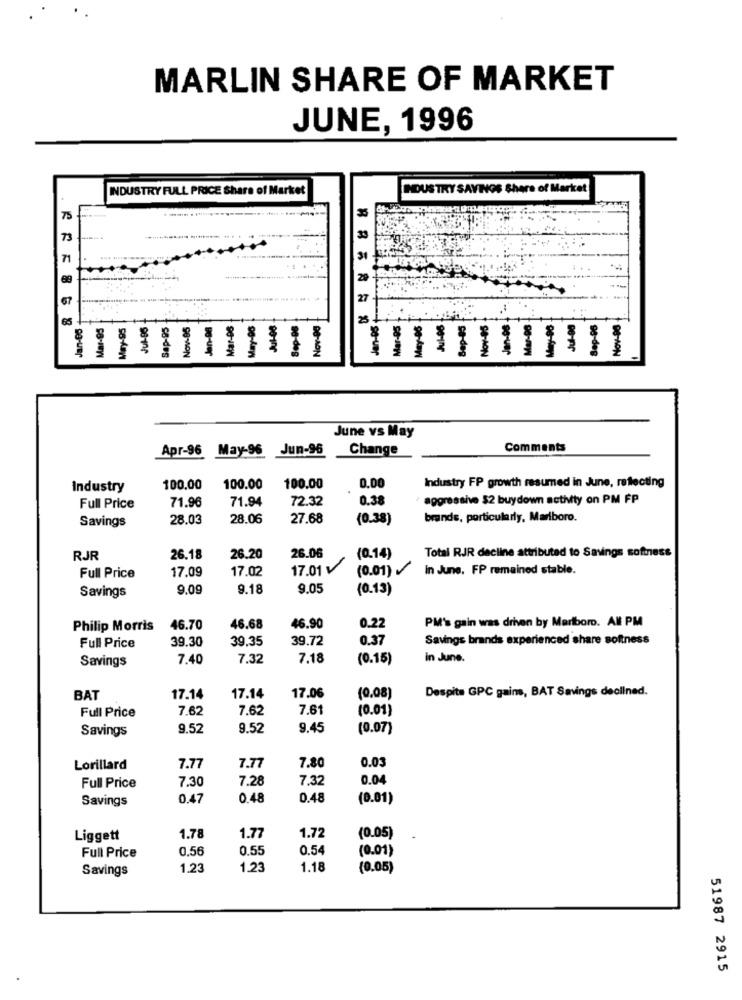
MARLIN SHARE OF MARKET
JUNE, 1996
INDUSTRY FULL PRICE Share of Market
DOUSTRY SAVINGS Shere of Market
..... . .
75
73
67
65
Sap-95
Nov-95
Mar-08
DO-ON
SO-HON
June vs May
Apr-96 May-96 Jun-96
Change
Comments
0.00
Industry FP growth resumed in June, reflecting
Industry
100,00
100.00
100.00
71.94
72.32
0.38
aggressive $2 buydown activity on PM FP
Full Price
71.96
Savings
28.03
28.06
27.68
(0.38)
brands, particularly, Marlboro.
RJR
26.18
26.20
26.06
(0.14)
Total RJR decline attributed to Savings softness
17.09
17.02
17.01 v
(0.01)
In June. FP remained stable.
Full Price
Savings
9.09
9.18
9.05
(0.13)
PM's gain was drhen by Marlboro. AM PM
Philip Morris
46.70
46.68
46.90
0.22
39.30
39.35
39.72
0.37
Savings brands experienced share softness
Full Price
Savings
7.40
7.32
7.18
(0.15)
in June.
Despite GPC gains, BAT Savings declined.
BAT
17.14
17.14
17.06
(0.08)
Full Price
7.62
7.62
7.61
(0.01)
Savings
9.52
9.52
9.45
(0.07)
0.03
Lorillard
7.77
7.77
7.80
7.30
7.28
7,32
0.04
Full Price
Savings
0.47
0.48
0.48
(0.01)
Liggett
1.78
1.77
1.72
(0.05)
Full Price
0,56
0.55
0.5
(0.01)
Savings
1.23
1.23
1.18
(0.05)
51987 2915